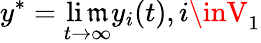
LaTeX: y^{*}=\operatorname*{li\mathfrak{m}}_{t\to\infty}y_{i}(t),i\inV_{1}